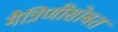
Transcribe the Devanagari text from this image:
मैत्रिणींसोबत